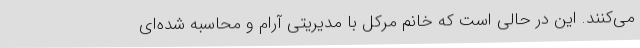
می‌کنند. این در حالی است که خانم مِرکل با مدیریتی آرام و محاسبه شده‌ای